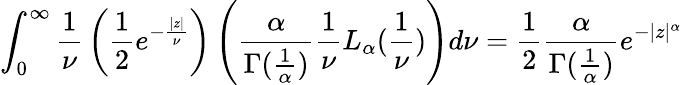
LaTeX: \int_{0}^{\infty}{\frac{1}{\nu}}\left({\frac{1}{2}}e^{-{\frac{|z|}{\nu}}}\right)\left({\frac{\alpha}{\Gamma({\frac{1}{\alpha}})}}{\frac{1}{\nu}}L_{\alpha}({\frac{1}{\nu}})\right)d\nu={\frac{1}{2}}{\frac{\alpha}{\Gamma({\frac{1}{\alpha}})}}e^{-|z|^{\alpha}}